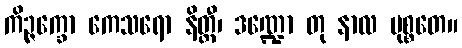
ကိဉ္ဇက္ခော ကေသရော နိတ္ထီ၊ ဒဏ္ဍော တု နာလ မုစ္စတေ။